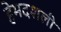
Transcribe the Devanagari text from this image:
हेमदशली